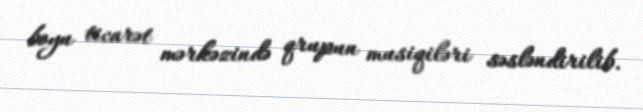
boyu ticarət mərkəzində qrupun musiqiləri səsləndirilib.